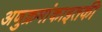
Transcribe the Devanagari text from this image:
अणुक्रमांकाइतकी